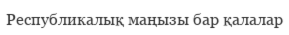
Республикалық маңызы бар қалалар